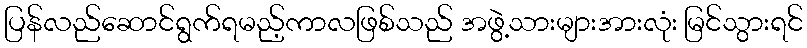
ပြန်လည်ဆောင်ရွက်ရမည့်ကာလဖြစ်သည် အဖွဲ့သားများအားလုံး မြင်သွားရင်